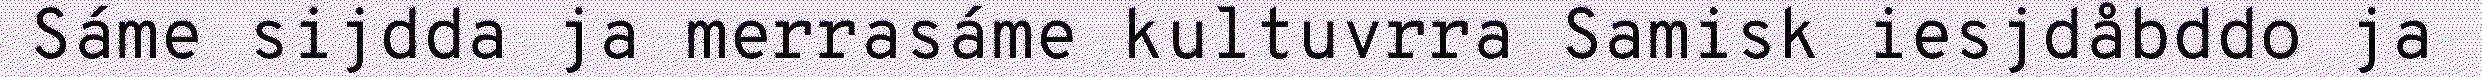
Sáme sijdda ja merrasáme kultuvrra Samisk iesjdåbddo ja